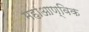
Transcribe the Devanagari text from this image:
महाआण्विक